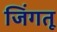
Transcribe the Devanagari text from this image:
जिंगतू